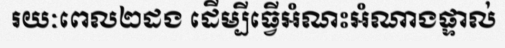
រយៈពេល២ដង ដើម្បីធ្វើអំណះអំណាងផ្ទាល់